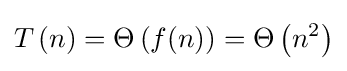
T\left(n\right)=\Theta \left(f(n)\right)=\Theta \left(n^{2}\right)